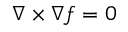
{ \boldsymbol { \nabla } } \times { \boldsymbol { \nabla } } f = 0